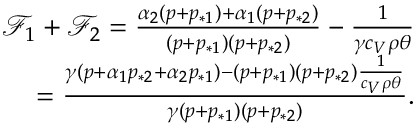
\begin{array} { r } { \mathcal { F } _ { 1 } + \mathcal { F } _ { 2 } = \frac { \alpha _ { 2 } ( p + p _ { * 1 } ) + \alpha _ { 1 } ( p + p _ { * 2 } ) } { ( p + p _ { * 1 } ) ( p + p _ { * 2 } ) } - \frac { 1 } { \gamma c _ { V } \rho \theta } } \\ { = \frac { \gamma ( p + \alpha _ { 1 } p _ { * 2 } + \alpha _ { 2 } p _ { * 1 } ) - ( p + p _ { * 1 } ) ( p + p _ { * 2 } ) \frac { 1 } { c _ { V } \rho \theta } } { \gamma ( p + p _ { * 1 } ) ( p + p _ { * 2 } ) } . } \end{array}